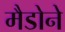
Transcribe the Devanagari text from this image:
मैडोने